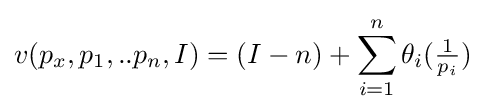
v(p_{x},p_{1},..p_{n},I)=(I-n)+\sum _{i=1}^{n}\theta _{i}({\tfrac {1}{p_{i}}})